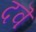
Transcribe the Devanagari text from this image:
दवॆ